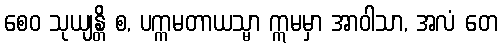
စေဝ သုယျန္တိ စ, ပက္ကမတာယသ္မာ ဣမမှာ အာဝါသာ, အလံ တေ